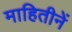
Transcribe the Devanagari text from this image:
माहितीनें